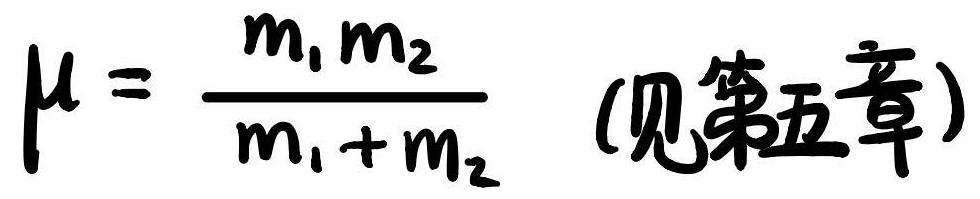
$\mu=\frac{m_1m_2}{m_1+m_2}\quad($见第五章)